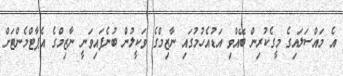
އެ މައްސަލައިގެ މީގެކުރިން ބޭއްވި އަޑުއެހުމުގައި ނާޒިމްގެ ވަކީލުން ބުނެފައިވަނީ ނާޒިމްގެ އެޕާޓްމެންޓަށް